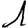
Digit: 1